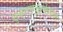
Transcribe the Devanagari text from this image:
शुक्लयजुर्वेदतथा